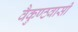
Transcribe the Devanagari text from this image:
वैकुण्ठवासी